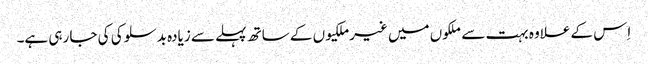
‏ اِس کے علاوہ بہت سے ملکوں میں غیرملکیوں کے ساتھ پہلے سے زیادہ بدسلوکی کی جا رہی ہے۔